Civil Veterinary Department. United Provinces 1912-22 - 1912-1922
Year: 1912
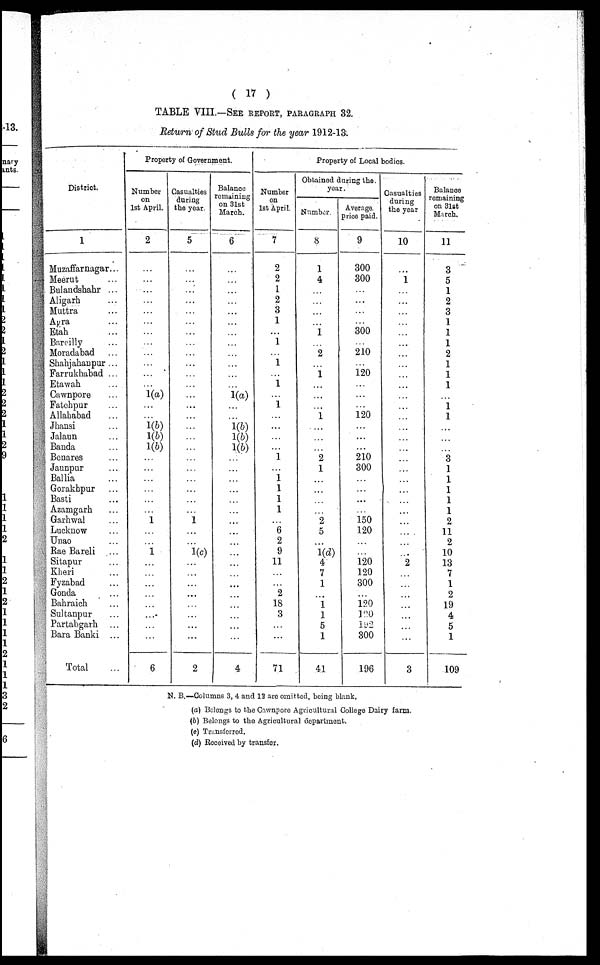
( 17 )
TABLE VIII.—SEE REPORT, PARAGRAPH 32.
Return of Stud Bulls for the year 1912-13.
District.
1
Muzaffarnagar...
Meerut ...
Bulandshahr ...
Aligarh ...
Muttra ...
Agra ...
Etah ...
Bareilly ...
Moradabad ...
Shahjahanpur ...
Farrukhabad ...
Etawah ...
Cawnpore ...
Fatehpur ...
Allahabad ...
Jhansi ...
Jalaun ...
Banda ...
Benares ...
Jaunpur ...
Ballia ...
Gorakhpur ...
Basti ...
Azamgarh ...
Garhwal ...
Lucknow ...
Unao ...
Rae Bareli ...
Sitapur ...
Kheri ...
Fyzabad ...
Gonda ...
Bahraich ...
Sultanpur ...
Partabgarh ...
Bara Banki ...
Total ...
Property of Government.
Number
on
1st April.
2
...
...
...
...
...
...
...
...
...
...
...
...
1(a)
...
...
1(b)
1(b)
1(b)
...
...
...
...
...
...
1
...
...
1
...
...
...
...
...
...
...
...
6
Casualties
during
the year
5
...
...
...
...
...
...
...
...
...
...
...
...
...
...
...
...
...
...
...
...
...
...
...
...
1
...
...
1(c)
...
...
...
...
...
...
...
...
2
Balance
remaining
on 3lst
March.
6
...
...
...
...
...
...
...
...
...
...
...
...
1(a)
...
...
1(b)
1(b)
1(b)
...
...
...
...
...
...
...
...
...
...
...
...
...
...
...
...
...
4
Property of Local bodies.
Number
on
1st April.
7
2
2
1
2
3
1
...
1
1
1
...
1
...
...
...
...
1
1
1
1
1
...
6
2
9
11
...
...
2
18
3
...
...
71
Obtained during the
year.
Number.
8
1
4
...
...
...
1
2
...
1
...
...
1
...
...
...
2
1
...
...
...
...
2
5
1(d)
4
7
1
...
1
1
5
1
41
Average
price paid.
9
300
300
...
...
...
...
300
...
210
...
120
...
...
...
120
...
...
...
210
300
...
...
...
...
150
120
...
...
120
120
300
...
120
120
182
300
196
Casualties
during
the year
10
...
1
...
...
...
...
...
...
...
...
...
...
...
...
...
...
...
...
...
...
...
...
...
...
...
...
...
...
2
...
...
...
...
...
...
...
3
Balance
remaining
on 31st
March.
11
3
5
1
2
3
1
1
1
2
1
1
1
...
1
1
...
...
...
3
1
1
1
1
1
2
11
2
10
13
7
1
2
19
4
5
1
109
N. B.—Columns 3, 4 and 13 are omitted, being blank.
(a) Belongs to the Cawnpore Agricultural College Dairy farm.
(b) Belongs to the Agricultural department.
(c) Transferred.
(d) Received by transfer.